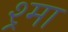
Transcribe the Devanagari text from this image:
श्र्मा